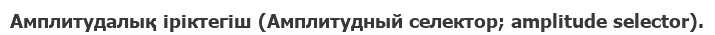
Амплитудалық іріктегіш (Амплитудный селектор; amplitude selector).